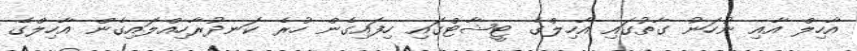
އާހިލް އާއި ނުހަނު ގާތުގައި އާހިލްގެ ޓީޝާޓްގައި ހިފައިގެން ހުރެ ކަނދުރާހިއްލައިގެން އާހިލްގެ